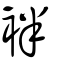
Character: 袢